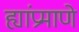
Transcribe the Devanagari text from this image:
ह्यांप्रमाणे